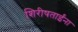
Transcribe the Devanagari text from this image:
शिरीषताईंना